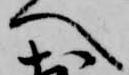
へ